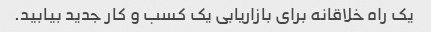
یک راه خلاقانه برای بازاریابی یک کسب و کار جدید بیابید.